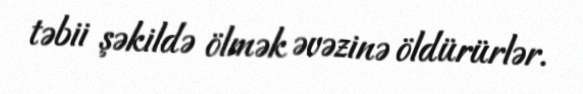
təbii şəkildə ölmək əvəzinə öldürürlər.